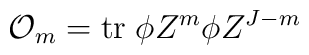
{\cal O}_m=\mbox{tr}\;\phi Z^m \phi Z^{J-m}